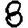
Digit: 8